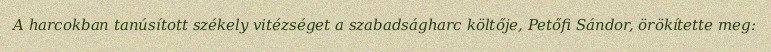
A harcokban tanúsított székely vitézséget a szabadságharc költője, Petőfi Sándor, örökítette meg: